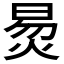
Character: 𬊛